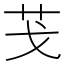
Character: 𦬗